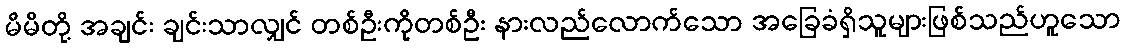
မိမိတို့ အချင်း ချင်းသာလျှင် တစ်ဦးကိုတစ်ဦး နားလည်လောက်သော အခြေခံရှိသူများဖြစ်သည်ဟူသော